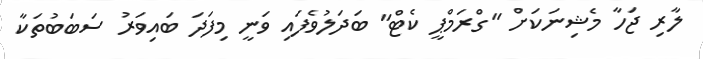
ލާރި ޖަހާ މެޝިނަކަށް "ގްރަމްޕީ ކެޓް" ބަދަލުވެފައި ވަނީ މިފަދަ ބައިވަރު ސަބަބުތަކާ